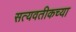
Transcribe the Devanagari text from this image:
सत्यवतीकच्या